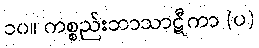
၁၀။ ကစ္စည်းဘာသာဋီကာ (ပ)